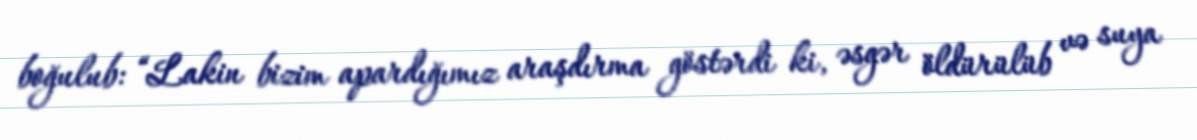
boğulub: “Lakin bizim apardığımız araşdırma göstərdi ki, əsgər öldürülüb və suya